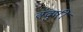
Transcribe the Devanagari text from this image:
वंदुषी